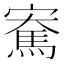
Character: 𪧫